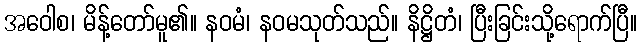
အဝေါစ၊ မိန့်တော်မူ၏။ နဝမံ၊ နဝမသုတ်သည်။ နိဋ္ဌိတံ၊ ပြီးခြင်းသို့ရောက်ပြီ။